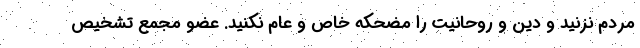
مردم نزنید و دین و روحانیت را مضحکه خاص و عام نکنید. عضو مجمع تشخیص